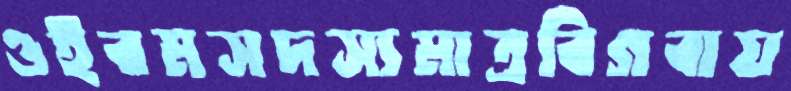
ওইরমসদস্যমাত্রবিগবায়